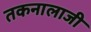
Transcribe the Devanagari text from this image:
तकनालाजी